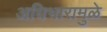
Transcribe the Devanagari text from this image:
अधिभारामुळे